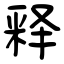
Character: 释